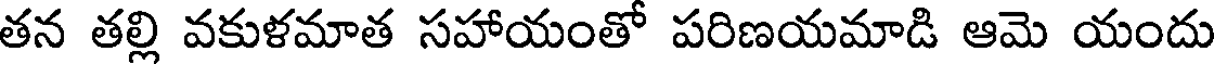
తన తల్లి వకుళమాత సహాయంతో పరిణయమాడి ఆమె యందు